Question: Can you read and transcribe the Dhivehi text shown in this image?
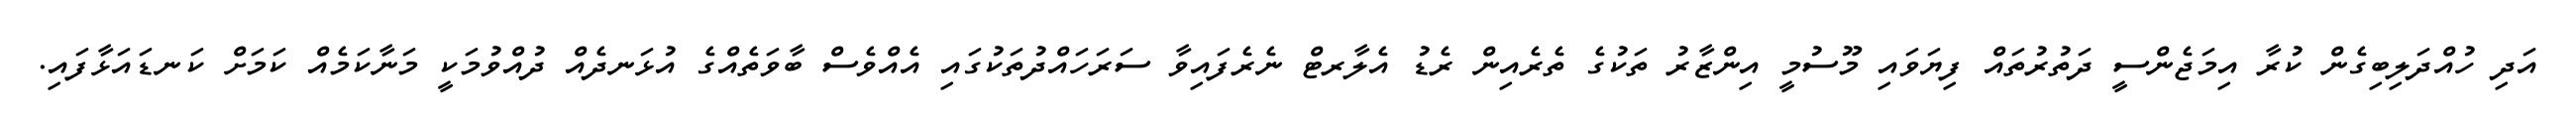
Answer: އަދި ހުއްދަލިބިގެން ކުރާ އިމަޖެންސީ ދަތުރުތައް ފިޔަވައި މޫސުމީ އިންޒާރު ތަކުގެ ތެރެއިން ރެޑު އެލާރޓް ނެރެފައިވާ ސަރަހައްދުތަކުގައި އެއްވެސް ބާވަތެއްގެ އުޅަނދެއް ދުއްވުމަކީ މަނާކަމެއް ކަމަށް ކަނޑައަޅާފައި.